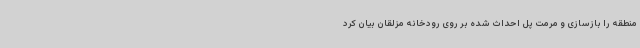
منطقه را بازسازی و مرمت پل احداث شده بر روی رودخانه مزلقان بیان کرد